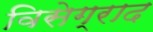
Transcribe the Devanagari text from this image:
विसेग्राद